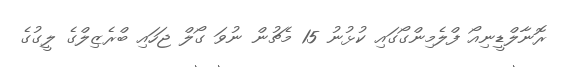
ރޮނާލްޑީނިއޯ ފްލެމިންގޯގައި ކުޅުނު 15 މެޗުން ނުވަ ގޯލް ޖަހައި ބްރެޒިލްގެ ލީގުގެ